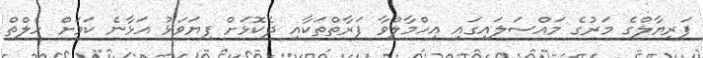
ފަރިޔާލްގެ މަރުގެ މައްސަލައިގައި އިހްމާލްވާ ފަރާތްތަކާއި ދެކޮޅަށް ފިޔަވަޅު އަޅާނެ ކަމަށް ހެލްތް